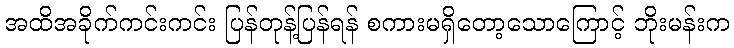
အထိအခိုက်ကင်းကင်း ပြန်တုန့်ပြန်ရန် စကားမရှိတော့သောကြောင့် ဘိုးမန်းက